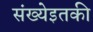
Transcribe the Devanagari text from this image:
संख्येइतकी